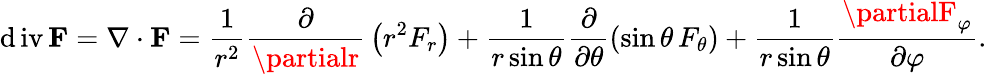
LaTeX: \operatorname{\mathrm{d}iv}\mathbf{{F}}=\nabla\cdot\mathbf{{F}}={\frac{{1}}{{r^{2}}}}{\frac{{\partial}}{{\partialr}}}\left(r^{2}F_{r}\right)+{\frac{{1}}{{r\sin\theta}}}{\frac{{\partial}}{{\partial\theta}}}(\sin\theta\, F_{\theta})+{\frac{{1}}{{r\sin\theta}}}{\frac{{\partialF_{\varphi}}}{{\partial\varphi}}}.